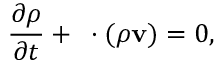
\frac { \partial \rho } { \partial t } + { \bf \nabla } \cdot ( \rho { \bf v } ) = 0 ,